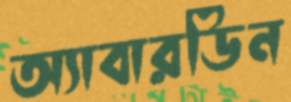
অ্যাবারডিন